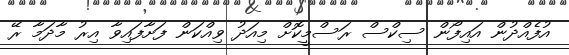
އުފެއްދުން އައިފޯން ސިކްސް ރަސްމީކޮށް މިއަދު ވިއްކަން ފަށާފައިވާ އިރު މާދަމާ ރޭ